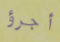
أجرؤ